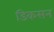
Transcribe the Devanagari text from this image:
डिकसन्